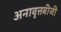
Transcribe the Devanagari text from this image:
अनावृत्तबीजी